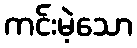
ကင်းမဲ့သော